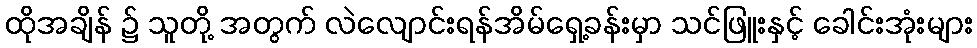
ထိုအချိန် ၌ သူတို့ အတွက် လဲလျောင်းရန်အိမ်ရှေ့ခန်းမှာ သင်ဖြူးနှင့် ခေါင်းအုံးများ